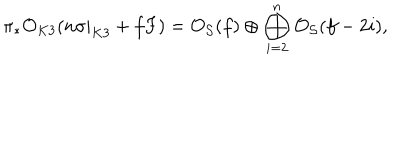
LaTeX: \pi _ { * } { \cal O } _ { K 3 } ( n \sigma | _ { K 3 } + f F ) = { \cal O } _ { { \cal S } } ( f ) \oplus \bigoplus _ { i = 2 } ^ { n } { \cal O } _ { { \cal S } } ( f - 2 i ) ,